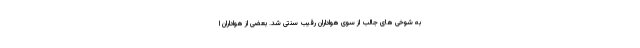
به شوخی های جالب از سوی هواداران رقیب سنتی شد. بعضی از هواداران ا